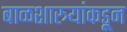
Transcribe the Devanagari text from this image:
बाळशास्त्र्यांकडून